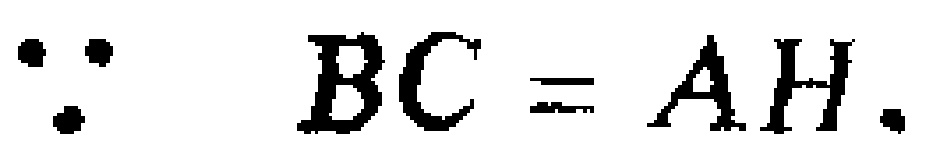
\(\because BC = AH.\)